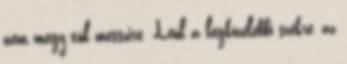
nem megy túl messzire. Leül a legközelebbi székre, az